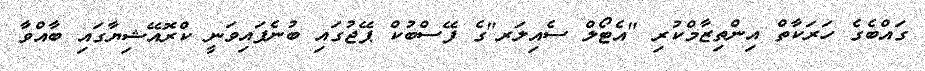
ގައްބެގެ ހަރަކާތް އިންތިޒާމްކުރި "އެޓޯލް ސެއިލަރ"ގެ ފޭސްބުކް ޕޭޖުގައި ބުނެފައިވަނީ ކްރޮއޭޝިޔާގައި ބާއްވާ